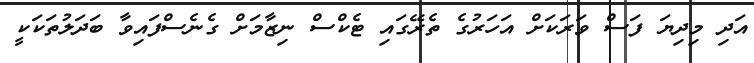
އަދި މިދިޔަ ފަސް ވަރަކަށް އަހަރުގެ ތެރޭގައި ޓެކްސް ނިޒާމަށް ގެނެސްފައިވާ ބަދަލުތަކަކީ